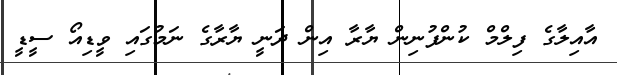
އާއިލާގެ ފިލްމް ކުންފުނިން ޔާރާ އިން ދަނީ ޔާރާގެ ނަމުގައި ވީޑިއޯ ސީޑީ